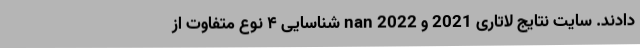
دادند. سایت نتایج لاتاری 2021 و 2022 nan شناسایی ۴ نوع متفاوت از